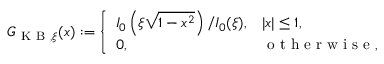
G _ { \mathrm { ~ K ~ B ~ } , \xi } ( x ) : = \left\{ \begin{array} { l l } { I _ { 0 } \left( \xi \sqrt { 1 - x ^ { 2 } } \right) / I _ { 0 } ( \xi ) , } & { | x | \leq 1 , } \\ { 0 , } & { \mathrm { ~ o ~ t ~ h ~ e ~ r ~ w ~ i ~ s ~ e ~ } , } \end{array} \right.